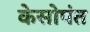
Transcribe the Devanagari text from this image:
केसोपंत